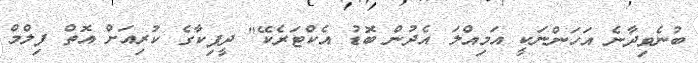
ބުނެވިދާނެ އަހަންނަކީ އަމިއްލަ އެދުން ބޮޑު އެކްޓަރެކޭ" ދީޕިކާގެ ކުރިއަށް އޮތް ފިލްމް